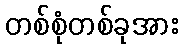
တစ်စုံတစ်ခုအား